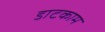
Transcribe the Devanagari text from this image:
डाटकाम